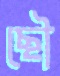
ছৌ